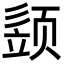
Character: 𩖕